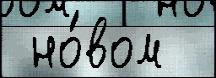
 но́вом